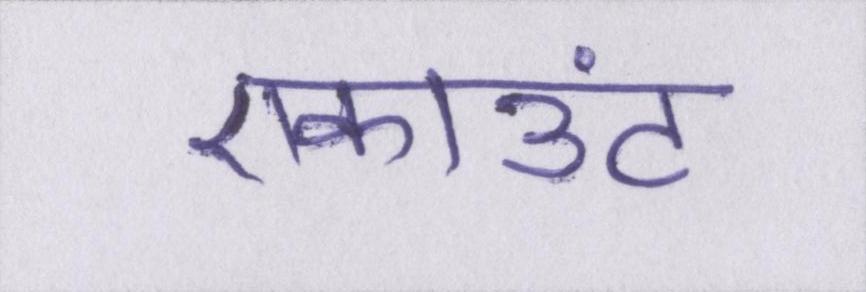
एकाउंट